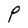
Character: P